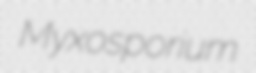
Myxosporium